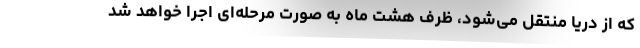
که از دریا منتقل می‌شود، ظرف هشت ماه به صورت مرحله‌ای اجرا خواهد شد